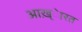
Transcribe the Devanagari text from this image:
आख़्ेारत